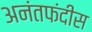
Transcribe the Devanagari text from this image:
अनंतफंदीस